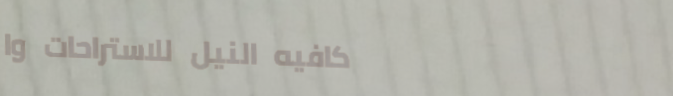
كافيه النيل للاستراحات وا